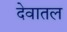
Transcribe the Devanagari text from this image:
देवातल